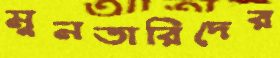
মুনতারিদের